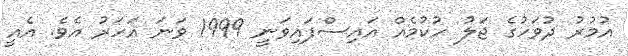
އުމުރު ދުވަހުގެ ޖަލު ހުކުމެއް އައިސްފައިވަނީ 1999 ވަނަ އަހަރު އެވެ. އެއީ